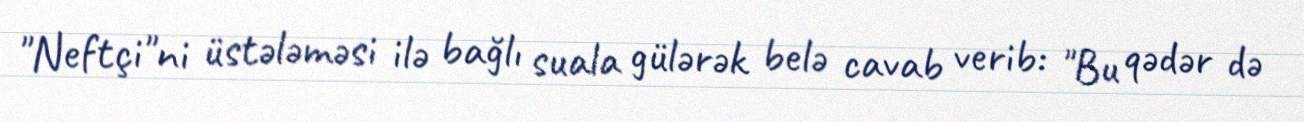
"Neftçi"ni üstələməsi ilə bağlı suala gülərək belə cavab verib: "Bu qədər də